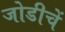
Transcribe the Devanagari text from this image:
जोडीचें